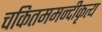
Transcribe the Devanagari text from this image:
चकितममन्दीकृत्य